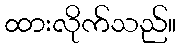
ထားလိုက်သည်။